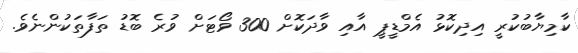
ކާމިޔާބުކުރީ އިދިކޮޅު އެމްޑީޕީ އާއި ވާދަކޮށް 300 ވޯޓަށް ވުރެ ބޮޑު ތަފާތަކުންނެވެ.